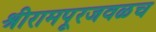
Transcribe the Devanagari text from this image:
श्रीरामपूरजवळच